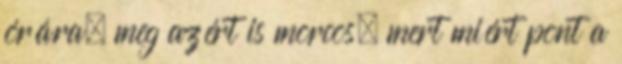
órára, meg azért is morcos, mert miért pont a